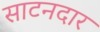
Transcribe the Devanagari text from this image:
साटनदार